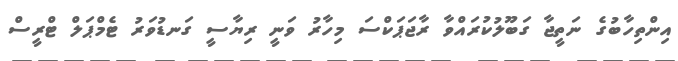
އިންތިހާބުގެ ނަތީޖާ ގަބޫލުކުރައްވާ ރާޖަޕަކްސަ މިހާރު ވަނީ ރިޔާސީ ގަނޑުވަރު ޓެމްޕަލް ޓްރީސް